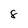
Character: 8